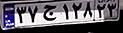
۳۷ج۱۲۸۲۳